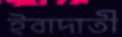
ইবাদাতী